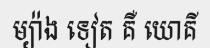
ម្យ៉ាង ទៀត គឺ យោគី